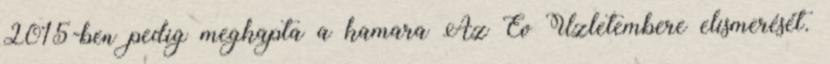
2015-ben pedig megkapta a kamara Az Év Üzletembere elismerését.